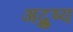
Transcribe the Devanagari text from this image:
अद्रुष्य